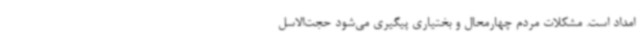
امداد است. مشکلات مردم چهارمحال و بختیاری پیگیری می‌شود حجت‌الاسل